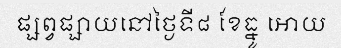
ផ្សព្វផ្សាយនៅថ្ងៃទី៨ ខែធ្នូ អោយ